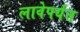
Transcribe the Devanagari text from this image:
लावेपर्यंत